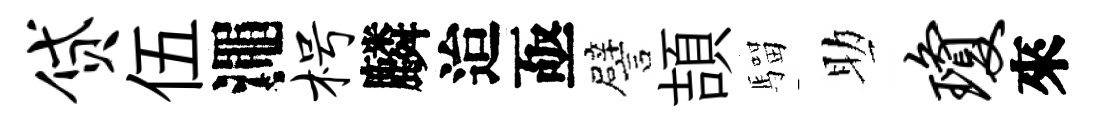
贷伍澠枵麟迨亟譬頡騮助琼來